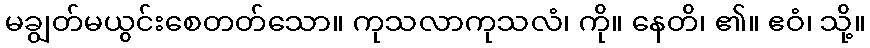
မချွတ်မယွင်းစေတတ်သော။ ကုသလာကုသလံ၊ ကို။ နေတိ၊ ၏။ ဧဝံ၊ သို့။